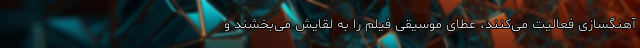
آهنگسازی فعالیت می‌کنند، عطای موسیقی فیلم را به لقایش می‌بخشند و